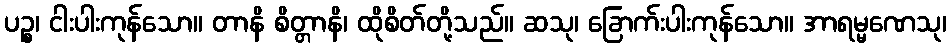
ပဉ္စ၊ ငါးပါးကုန်သော။ တာနိ စိတ္တာနိ၊ ထိုစိတ်တို့သည်။ ဆသု၊ ခြောက်းပါးကုန်သော။ အာရမ္မဏေသု၊